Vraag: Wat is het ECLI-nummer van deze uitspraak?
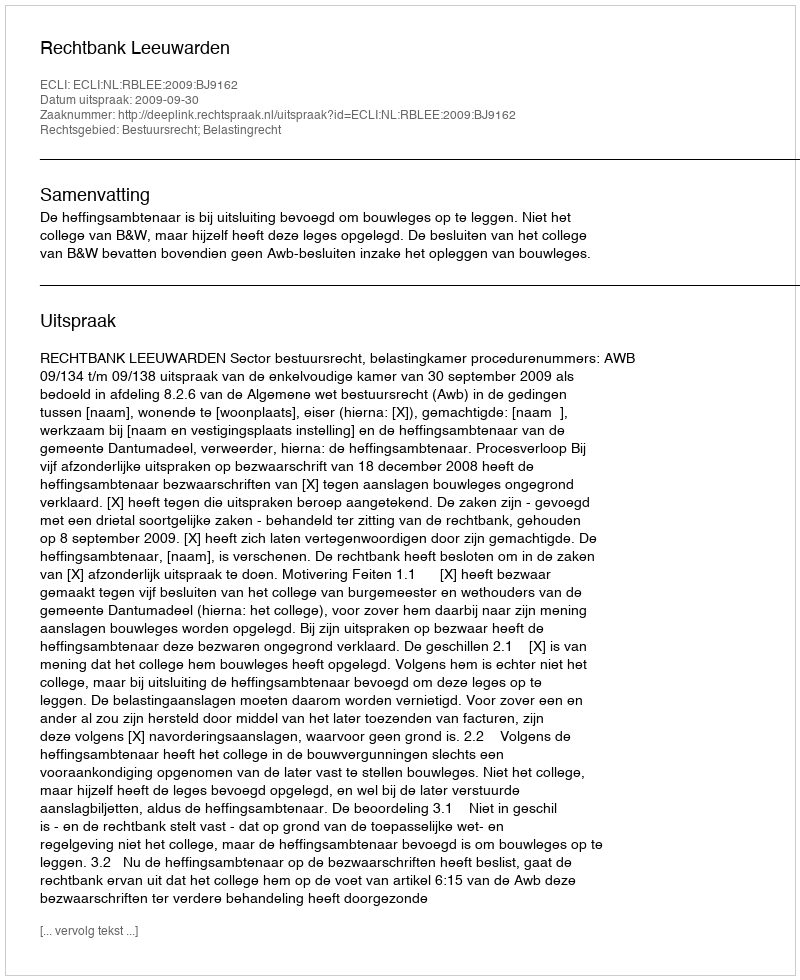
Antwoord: ECLI:NL:RBLEE:2009:BJ9162